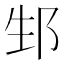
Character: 𨚥